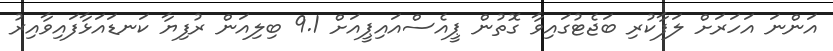
އަންނަ އަހަރަށް ލަފާކުރި ބަޖެޓުގައިވާ ގޮތުން ޕީއެސްއައިޕީއަށް 9.1 ބިލިއަން ރުފިޔާ ކަނޑައަޅާފައިވާއިރު